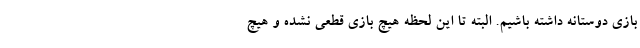
بازی دوستانه داشته باشیم. البته تا این لحظه هیچ بازی قطعی نشده و هیچ